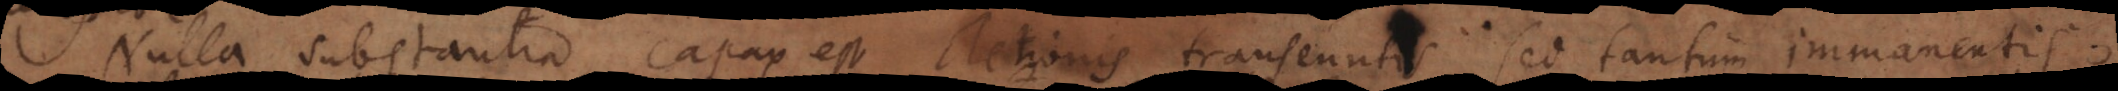
Nulla substantia capax est Actionis transeuntis, sed tantum immanenti